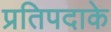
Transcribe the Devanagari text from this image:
प्रतिपदाके